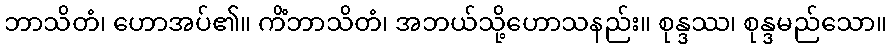
ဘာသိတံ၊ ဟောအပ်၏။ ကိံဘာသိတံ၊ အဘယ်သို့ဟောသနည်း။ စုန္ဒဿ၊ စုန္ဒမည်သော။